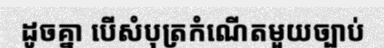
ដូចគ្នា បើសំបុត្រកំណើតមួយច្បាប់